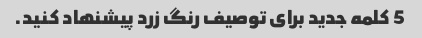
5 کلمه جدید برای توصیف رنگ زرد پیشنهاد کنید.